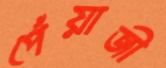
পেঁয়াজী